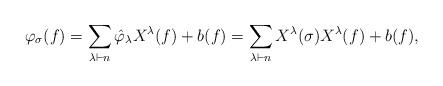
LaTeX: \begin{align*}\varphi_\sigma(f) = \sum_{\lambda \vdash n} \hat{\varphi}_\lambda X^\lambda(f) + b(f) = \sum_{\lambda \vdash n} X^\lambda(\sigma) X^\lambda(f) + b(f),\end{align*}